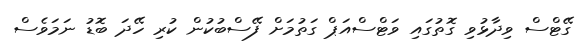
ގޭޓްސް ވިދާޅުވި ގޮތުގައި ވަޓްސްއަޕް ގަތުމަށް ފޭސްބުކުން ކުރި ހޭދަ ބޮޑު ނަމަވެސް